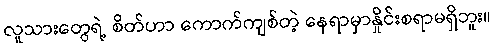
လူသားတွေရဲ့ စိတ်ဟာ ကောက်ကျစ်တဲ့ နေရာမှာနှိုင်းစရာမရှိဘူး။